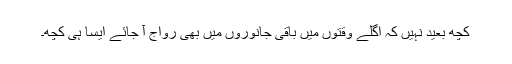
کچھ بعید نہیں کہ اگلے وقتوں میں باقی جانوروں میں بھی رواج آ جائے ایسا ہی کچھ۔